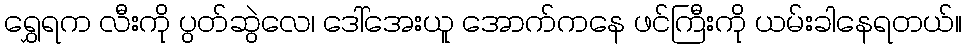
ရွှေရက လီးကို ပွတ်ဆွဲလေ၊ ဒေါ်အေးယူ အောက်ကနေ ဖင်ကြီးကို ယမ်းခါနေရတယ်။